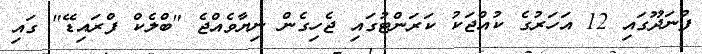
ފުނަދޫގައި 12 އަހަރުގެ ކުއްޖަކު ކަރަންޓުގައި ޖެހިގެން ނިޔާވެއްޖެ "ބްލެކް ފްރައިޑޭ" ގައި